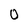
Character: O